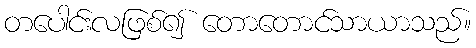
တပေါင်းလဖြစ်၍ တောတောင်သာယာသည်။